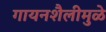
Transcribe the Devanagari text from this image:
गायनशैलीमुळे